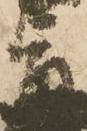
旨